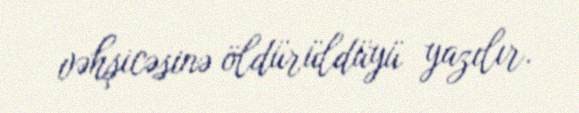
vəhşicəsinə öldürüldüyü yazılır.